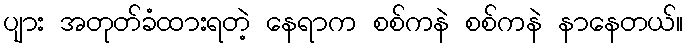
ပျား အတုတ်ခံထားရတဲ့ နေရာက စစ်ကနဲ စစ်ကနဲ နာနေတယ်။